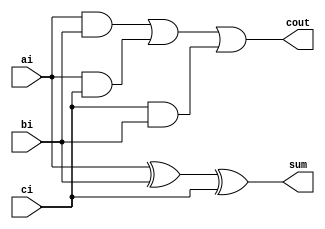
module fullAdder(
  ai,
  bi,
  ci,
  sum,
  cout
);
  // Structural model of the full adder
  input ai,bi,ci;
  output sum,cout;
  wire t1,t2,t3;
  xor(sum,ai,bi,ci);
  and(t1,ai,bi);
  and(t2,ai,ci);
  and(t3,ci,bi);
  or(cout,t1,t2,t3);
  
endmodule